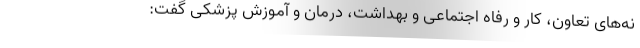
نه‌های تعاون، کار و رفاه اجتماعی و بهداشت، درمان و آموزش پزشکی گفت: